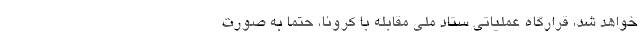
خواهد شد، قرارگاه عملیاتی ستاد ملی مقابله با کرونا، حتما به صورت